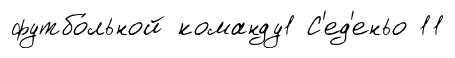
футбо́льной команду1 С'ед'еньо 11